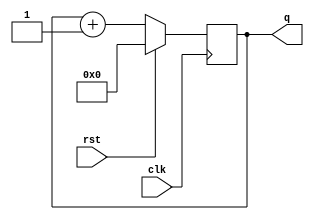
module counter(clk,rst,q);

input clk,rst;
output reg [3:0]q;

always@(posedge clk)
if(rst)
q<=0;
else
q<=q+1;

endmodule